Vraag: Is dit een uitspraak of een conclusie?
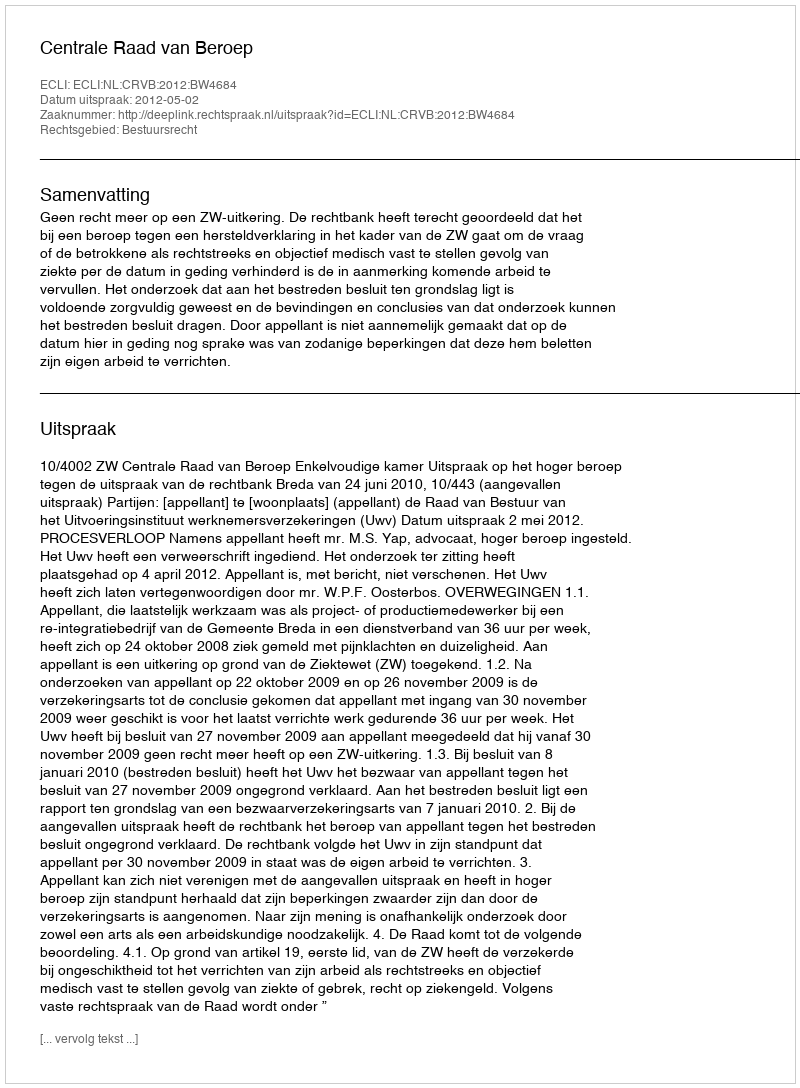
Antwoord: Uitspraak